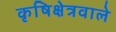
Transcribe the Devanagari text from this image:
कृषिक्षेत्रवाले